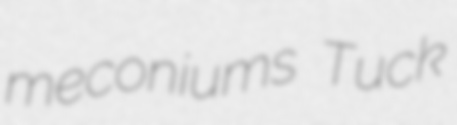
meconiums Tuck